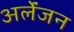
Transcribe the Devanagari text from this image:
अर्लेंजन